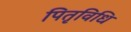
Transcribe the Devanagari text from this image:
पितृविधि